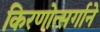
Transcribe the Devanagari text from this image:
किरणोत्‍सर्गाने